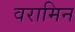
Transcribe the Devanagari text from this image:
वरामिन